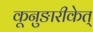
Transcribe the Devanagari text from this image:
कूनुङारीकेत्